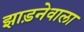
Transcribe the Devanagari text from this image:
झाड़नेवाला